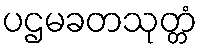
ပဌမခတသုတ္တံ